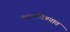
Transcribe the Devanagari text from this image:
बदलविण्यात